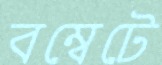
বম্বেটে